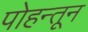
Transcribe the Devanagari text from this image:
पोहन्तून